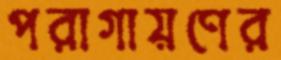
পরাগায়ণের